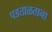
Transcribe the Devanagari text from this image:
पडताळताना